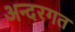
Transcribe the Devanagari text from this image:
अन्दरगत